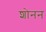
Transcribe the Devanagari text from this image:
शोनन